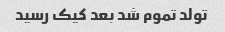
تولد تموم شد بعد کیک رسید